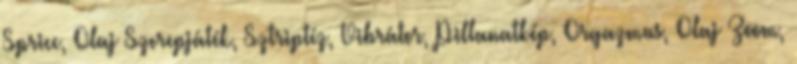
Spricc, Olaj Szerepjáték, Sztriptíz, Vibrátor, Pillanatkép, Orgazmus, Olaj Zoom,